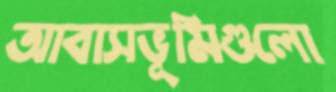
আবাসভূমিগুলো